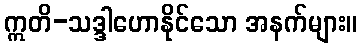
ဣတိ-သဒ္ဒါဟောနိုင်သော အနက်များ။